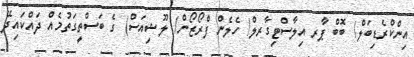
އިންކްރެޑިބަލް/ ބޮބް ޕާރ އިލާސްޓިގާރލް/ ހެލެން ފްރޯޒޯން/ ލޫޝިއަސް) ގެ ބަސްތީގަތުމެއް ދައްކައިދޭ